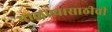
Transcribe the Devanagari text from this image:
पाळण्यासाठीची